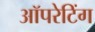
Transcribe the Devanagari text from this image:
अॉपरेटिंग